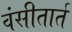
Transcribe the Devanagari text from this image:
वंसीतार्त